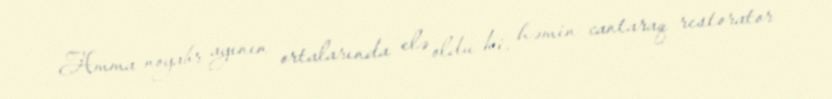
Amma noyabr ayının ortalarında elə oldu ki, həmin cantaraq restorator